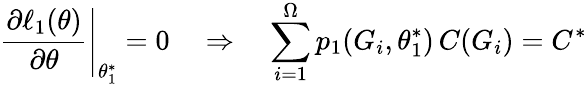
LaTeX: \left.\frac{\partial\ell_{1}(\theta)}{\partial\theta}\right|_{\theta_{1}^{*}}=0\quad\Rightarrow\quad\sum_{i=1}^{\Omega}p_{1}(G_{i},\theta_{1}^{*})\, C(G_{i})=C^{*}